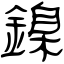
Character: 鎳